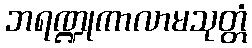
ဘရဏ္ဍုကာလာမသုတ္တံ